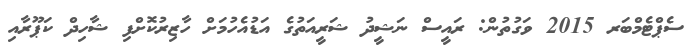
ސެޕްޓެމްބަރ 2015 ވަގުތުން: ރައީސް ނަޝީދު ޝަރީއަތުގެ އަޑުއެހުމަށް ހާޒިރުކޮށްފި ޝާހިދް ކަޕޫރާއި